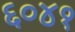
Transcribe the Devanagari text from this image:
६०४१